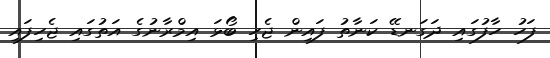
ފަހު ހާފުގައި ދަގަނޑޭ ކަނާތު ފައިން ޖެހި ބޯޅަ އިމްރާނުގެ އަތުގައި ޖެހިފައި